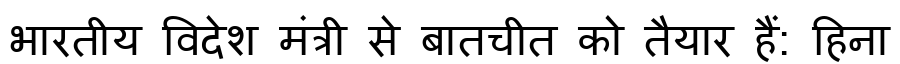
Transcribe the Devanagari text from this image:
भारतीय विदेश मंत्री से बातचीत को तैयार हैं: हिना